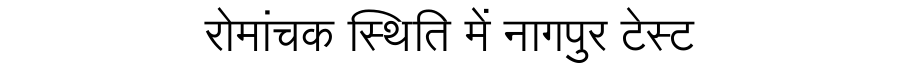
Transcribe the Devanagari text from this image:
रोमांचक स्थिति में नागपुर टेस्ट